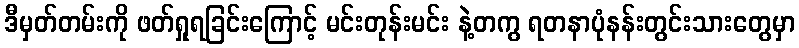
ဒီမှတ်တမ်းကို ဖတ်ရှုရခြင်းကြောင့် မင်းတုန်းမင်း နဲ့တကွ ရတနာပုံနန်းတွင်းသားတွေမှာ